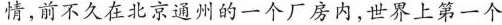
情,前不久在北京通州的一个厂房内,世界上第一个